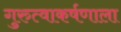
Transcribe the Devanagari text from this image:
गुरुत्वाकर्षणाला